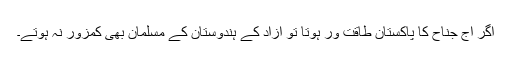
اگر آج جناح کا پاکستان طاقت ور ہوتا تو آزاد کے ہندوستان کے مسلمان بھی کمزور نہ ہوتے۔